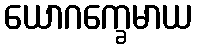
ယောဂက္ခေမာယ